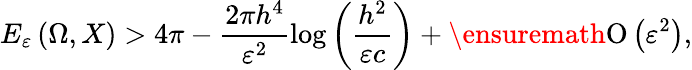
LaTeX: E_{\varepsilon}\left(\Omega,X\right)>4\pi-\frac{2\pi h^{4}}{\varepsilon^{2}}\log{\left(\frac{h^{2}}{\varepsilon c}\right)}+\ensuremath{\operatorname{O}\left(\varepsilon^{2}\right)},